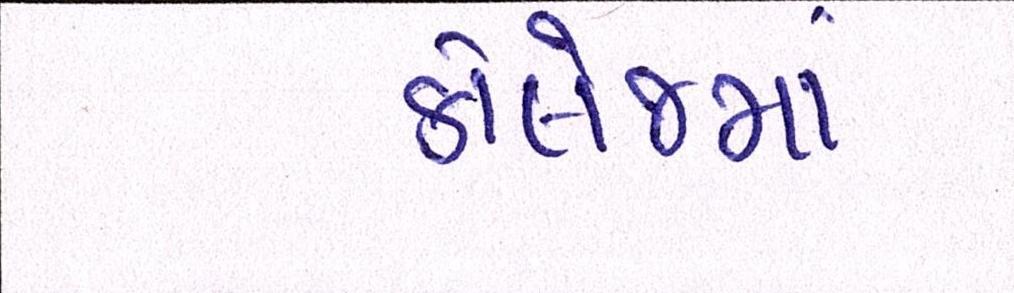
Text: કૉલેજમાં